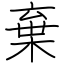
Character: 棄